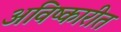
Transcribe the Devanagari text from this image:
अविष्कारीत